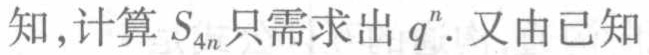
知,计算 \(S_{4n}\) 只需求出 \(q^{n}\). 又由已知